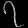
Digit: ၇